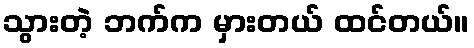
သွားတဲ့ ဘက်က မှားတယ် ထင်တယ်။